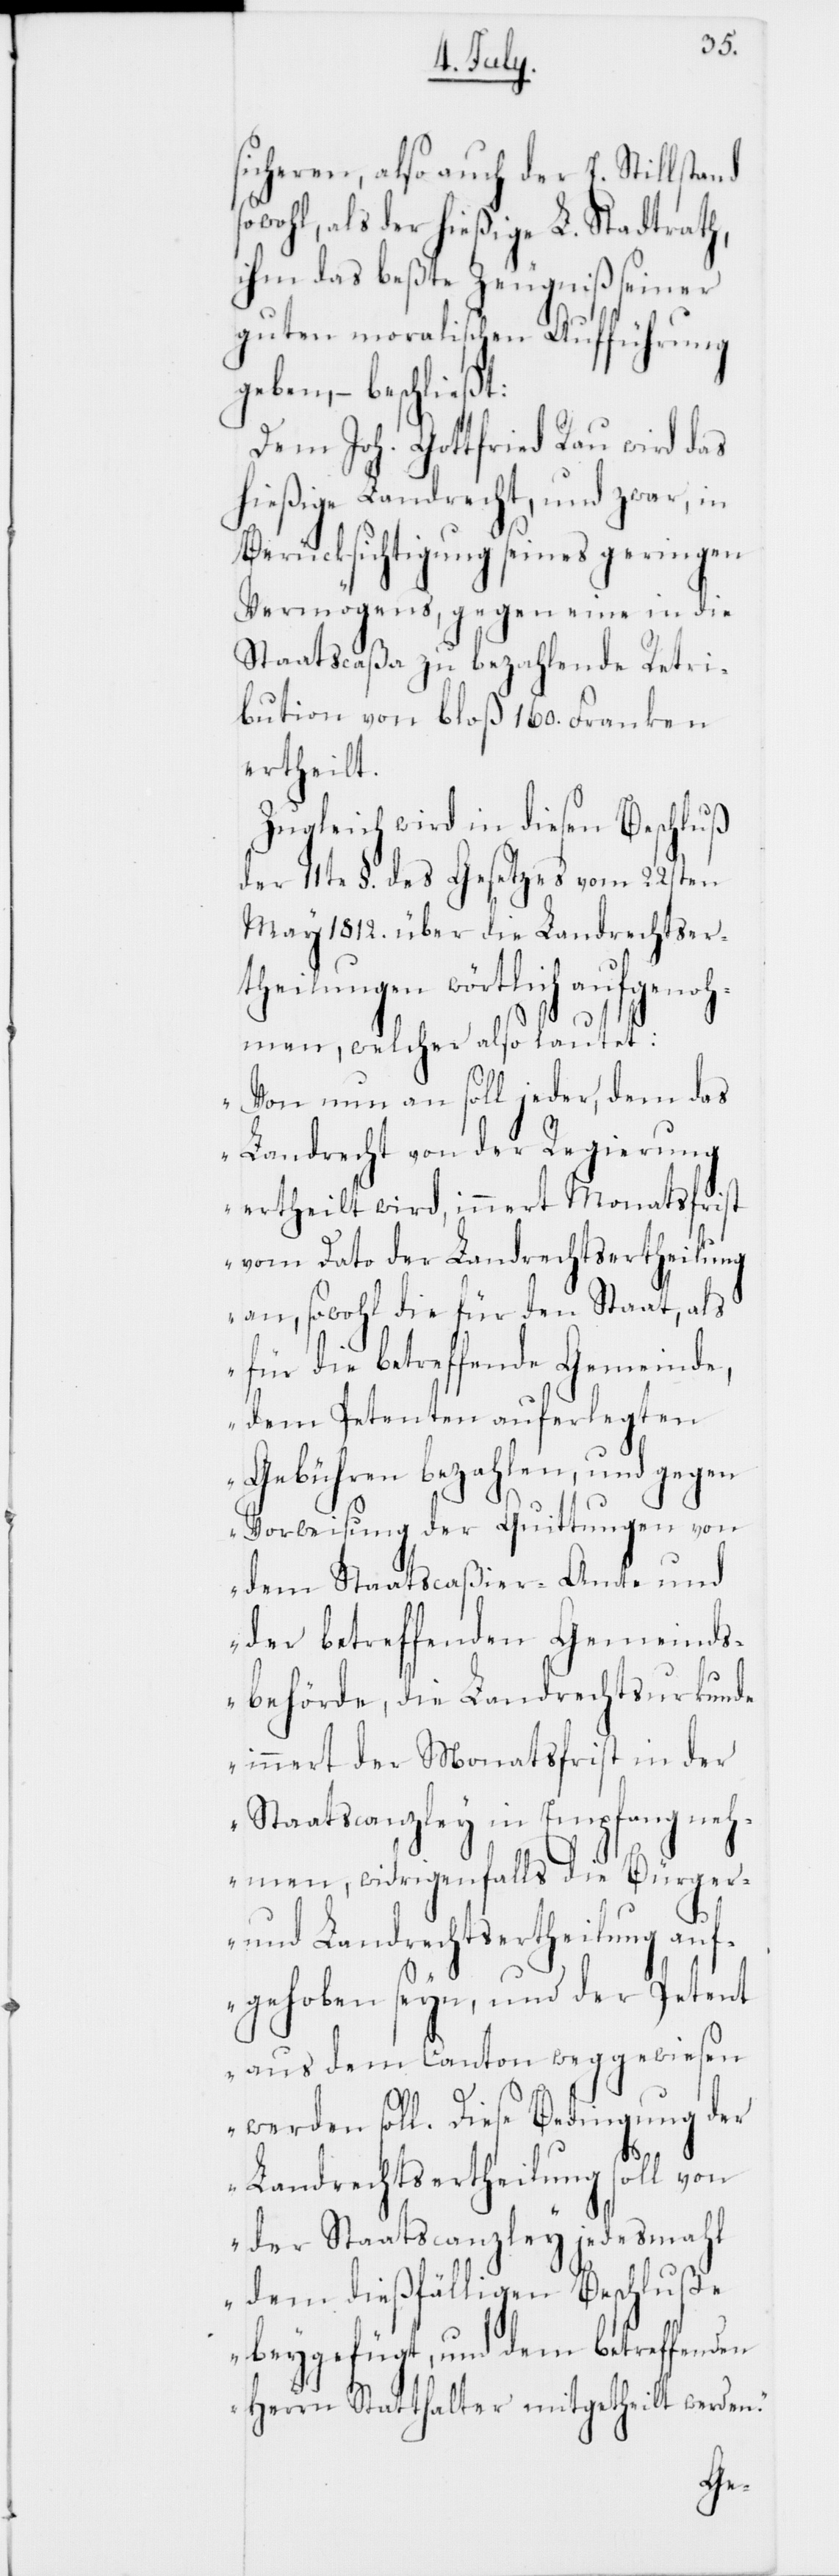
sicheren, also auch der E. Stillstand
sowohl als der hießige L. Stadtrath,
ihm das beßte Zeugniß seiner
guten moralischen Aufführung
geben, – beschließt:
Dem Joh. Gottfried Rau wird das
hießige Landrecht, und zwar, in
Berücksichtigung seines geringen
Vermögens, gegen eine in die
Staatscaßa zu bezahlende Retri¬
bution von bloß 160. Franken
ertheilt.
Zugleich wird in diesen Beschluß
der 11te §. des Gesetzes vom 22sten
May 1812. über die Landrechtser¬
theilungen wörtlich aufgenoh¬
men, welcher also lautet:
„Von nun an soll jeder, dem das
Landrecht von der Regierung
ertheilt wird, innert Monatsfrist
vom Dato der Landrechtsertheilung
an, sowohl die für den Staat, als
für die betreffende Gemeinde,
dem Petenten auferlegten
Gebühren bezahlen, und gegen
Vorweisung der Quittungen von
dem Staatscaßier-Amte und
der betreffenden Gemeinds¬
behörde, die Landrechtsurkunde
innert der Monatsfrist in der
Staatscanzley in Empfang neh¬
men, widrigenfalls die Bürger-
und Landrechtsertheilung auf¬
gehoben seyn, und der Petent
aus dem Canton weggewiesen
werden soll. Diese Bedingung der
Landrechtsertheilung soll von
der Staatscanzley jedesmahl
dem dießfälligen Beschluße
beygefügt, und dem betreffenden
Herrn Statthalter mitgetheilt werden.“